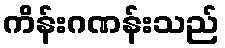
ကိန်းဂဏန်းသည်